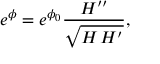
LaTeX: e ^ { \phi } = e ^ { \phi _ { 0 } } \frac { H ^ { \prime \prime } } { \sqrt { H \, H ^ { \prime } } } ,